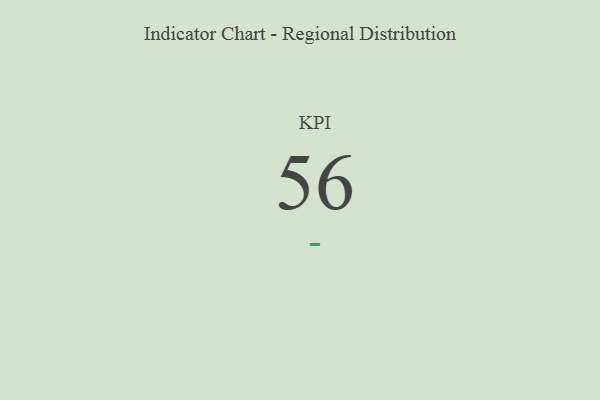
{"axis": {"x": "KPI", "y": "Value"}, "legend": [""], "data": [{"x": "KPI", "y": 56, "type": ""}]}